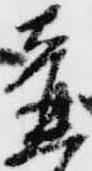
壺